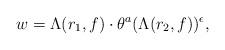
LaTeX: \begin{align*}w = \Lambda(r_1,f) \cdot \theta^{a}(\Lambda(r_2,f))^{\epsilon},\end{align*}